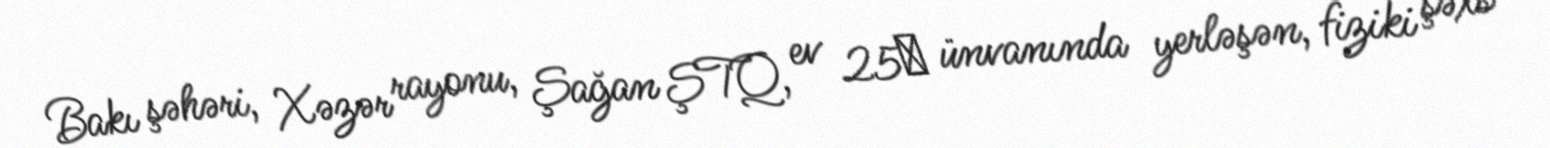
Bakı şəhəri, Xəzər rayonu, Şağan ŞTQ, ev 25‎ ünvanında yerləşən, fiziki şəxs